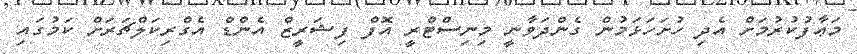
މަޢާފުކުރުމަށް އެދި ހުށަހަޅަމުން ގެންދަވާނީ މިނިސްޓްރީ އޮފް ފިޝަރީޒް އެންޑް އެގްރިކަލްޗަރަށް ކަމުގައި